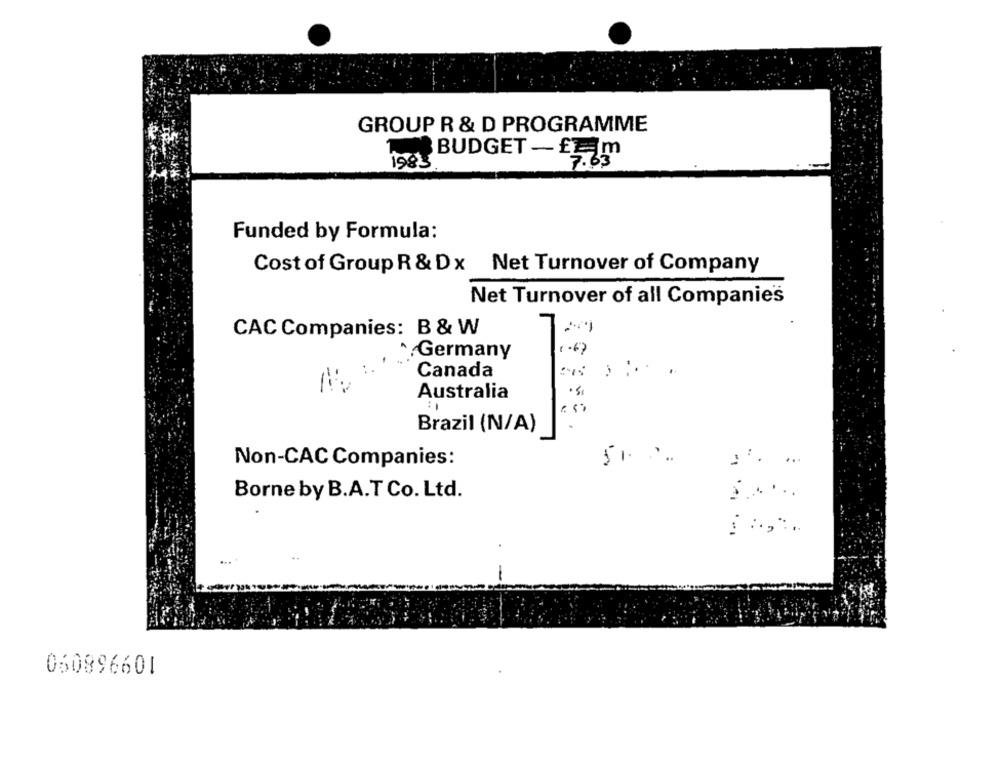
GROUP R & D PROGRAMME
BUDGET - £Em
1985.
7.63
Funded by Formula:
Cost of Group R & Dx
Net Turnover of Company
Net Turnover of all Companies
CAC Companies: B & W
1.6)
^ Germany
Canada
Australia
L
Brazil (N/A)
...
Non-CAC Companies:
51.
Borne by B.A.T Co. Ltd.
...
-
060896601